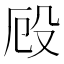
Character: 𭮨